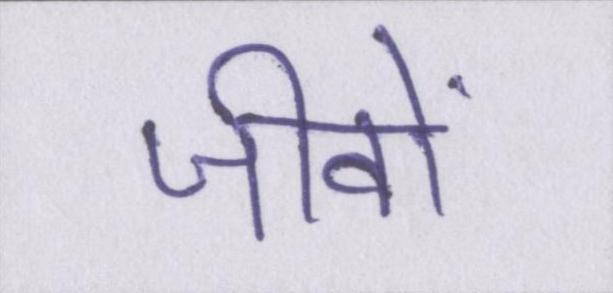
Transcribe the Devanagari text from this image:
जीवों